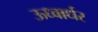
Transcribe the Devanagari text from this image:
ऊध्वार्धर